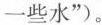
一些水”)。